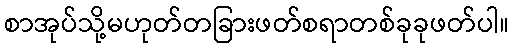
စာအုပ်သို့မဟုတ်တခြားဖတ်စရာတစ်ခုခုဖတ်ပါ။